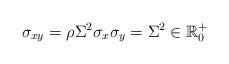
LaTeX: \begin{align*}\sigma_{xy}=\rho\Sigma^{2}\sigma_{x}\sigma_{y}=\Sigma^{2}\in\mathbb{R}_{0}^{+}\end{align*}